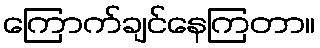
ကြောက်ချင်နေကြတာ။